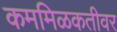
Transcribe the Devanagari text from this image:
कममिळकतीवर